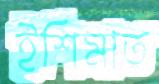
ইশিমাত